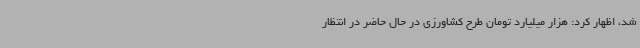
شد، اظهار کرد: هزار میلیارد تومان طرح کشاورزی در حال حاضر در انتظار